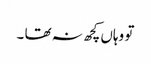
تو وہاں کچھ نہ تھا ۔